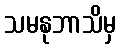
သမနုဘာသိမှ